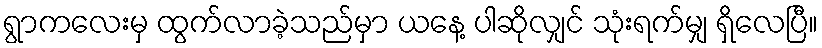
ရွာကလေးမှ ထွက်လာခဲ့သည်မှာ ယနေ့ ပါဆိုလျှင် သုံးရက်မျှ ရှိလေပြီ။